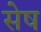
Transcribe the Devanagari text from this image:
सेष